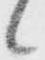
候